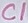
Text: C1